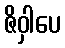
ဇိဝှါပေ